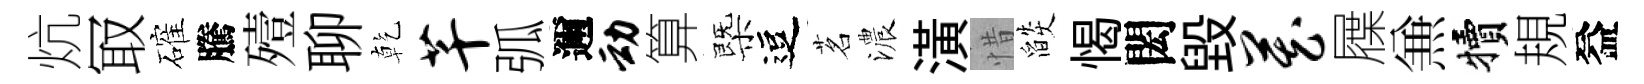
炕冣確騰殪聊乾芊弧邇动算㮣逗茗濃潢惜燄愒閎毁藏屧𠔥犢規益